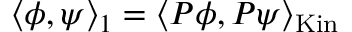
\langle \phi , \psi \rangle _ { 1 } = \langle P \phi , P \psi \rangle _ { \mathrm { K i n } }